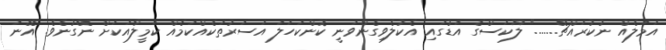
އަމަލެއް ނުކުރައްޗޭ......." ލޫކަސްގެ އަޑުގައި އެކުލެވިގެންވަނީ ކޮންކަހަލަ އަސަރުތަކެއްކަމެއް ކަމީލާއަކަށް ނޭގުނެވެ. އޭނަ